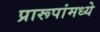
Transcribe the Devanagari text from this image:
प्रारूपांमध्ये